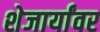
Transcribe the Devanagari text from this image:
शेजार्यांवर